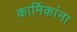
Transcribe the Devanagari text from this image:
कार्मिकांना